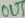
Text: OUT